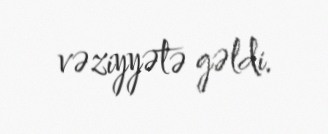
vəziyyətə gəldi.